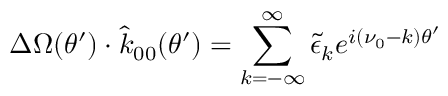
\Delta \Omega ( \theta ^ { \prime } ) \cdot \hat { k } _ { 0 0 } ( \theta ^ { \prime } ) = \sum _ { k = - \infty } ^ { \infty } { \tilde { \epsilon } } _ { k } e ^ { i ( \nu _ { 0 } - k ) \theta ^ { \prime } }